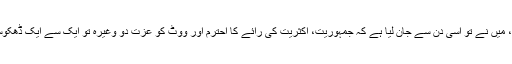
بس جی، میں نے تو اسی دن سے جان لیا ہے کہ جمہوریت، اکثریت کی رائے کا احترم اور ووٹ کو عزت دو وغیرہ تو ایک سے ایک ڈھکوسلہ ہے۔